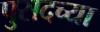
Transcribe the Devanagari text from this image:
पुसदच्या